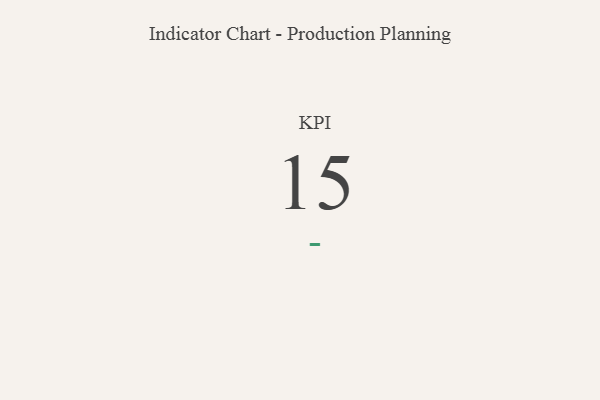
{"axis": {"x": "KPI", "y": "Value"}, "legend": [""], "data": [{"x": "KPI", "y": 15, "type": ""}]}